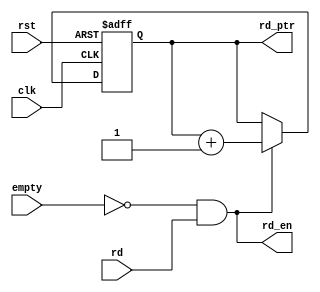
`timescale 1ns / 1ps
//////////////////////////////////////////////////////////////////////////////////
// Company: 
// Engineer: 
// 
// Design Name: 
// Module Name: Read_pointer
// Project Name: 
// Target Devices: 
// Tool Versions: 
// Description: 
// 
// Dependencies: 
// 
// Revision:
// Revision 0.01 - File Created
// Additional Comments:
// 
//////////////////////////////////////////////////////////////////////////////////


module Read_pointer(empty,clk,rst,rd,rd_ptr,rd_en);

    input clk,rst,empty,rd;
    output rd_en;
    output reg [4:0] rd_ptr;

    assign rd_en = (~empty) & rd;    
    
    always @(posedge clk, negedge rst)
    begin
        if(~rst) rd_ptr <= 5'd0;
        else if(rd_en) rd_ptr <= rd_ptr +1;
        else rd_ptr <= rd_ptr;
    end

endmodule